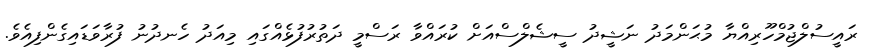
ރައީސުލްޖުމްހޫރިއްޔާ މުޙަންމަދު ނަޝީދު ސީޝެލްސްއަށް ކުރައްވާ ރަސްމީ ދަތުރުފުޅެއްގައި މިއަދު ހެނދުނު ފުރާވަޑައިގެންފިއެވެ.